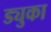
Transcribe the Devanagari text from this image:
ड्युका